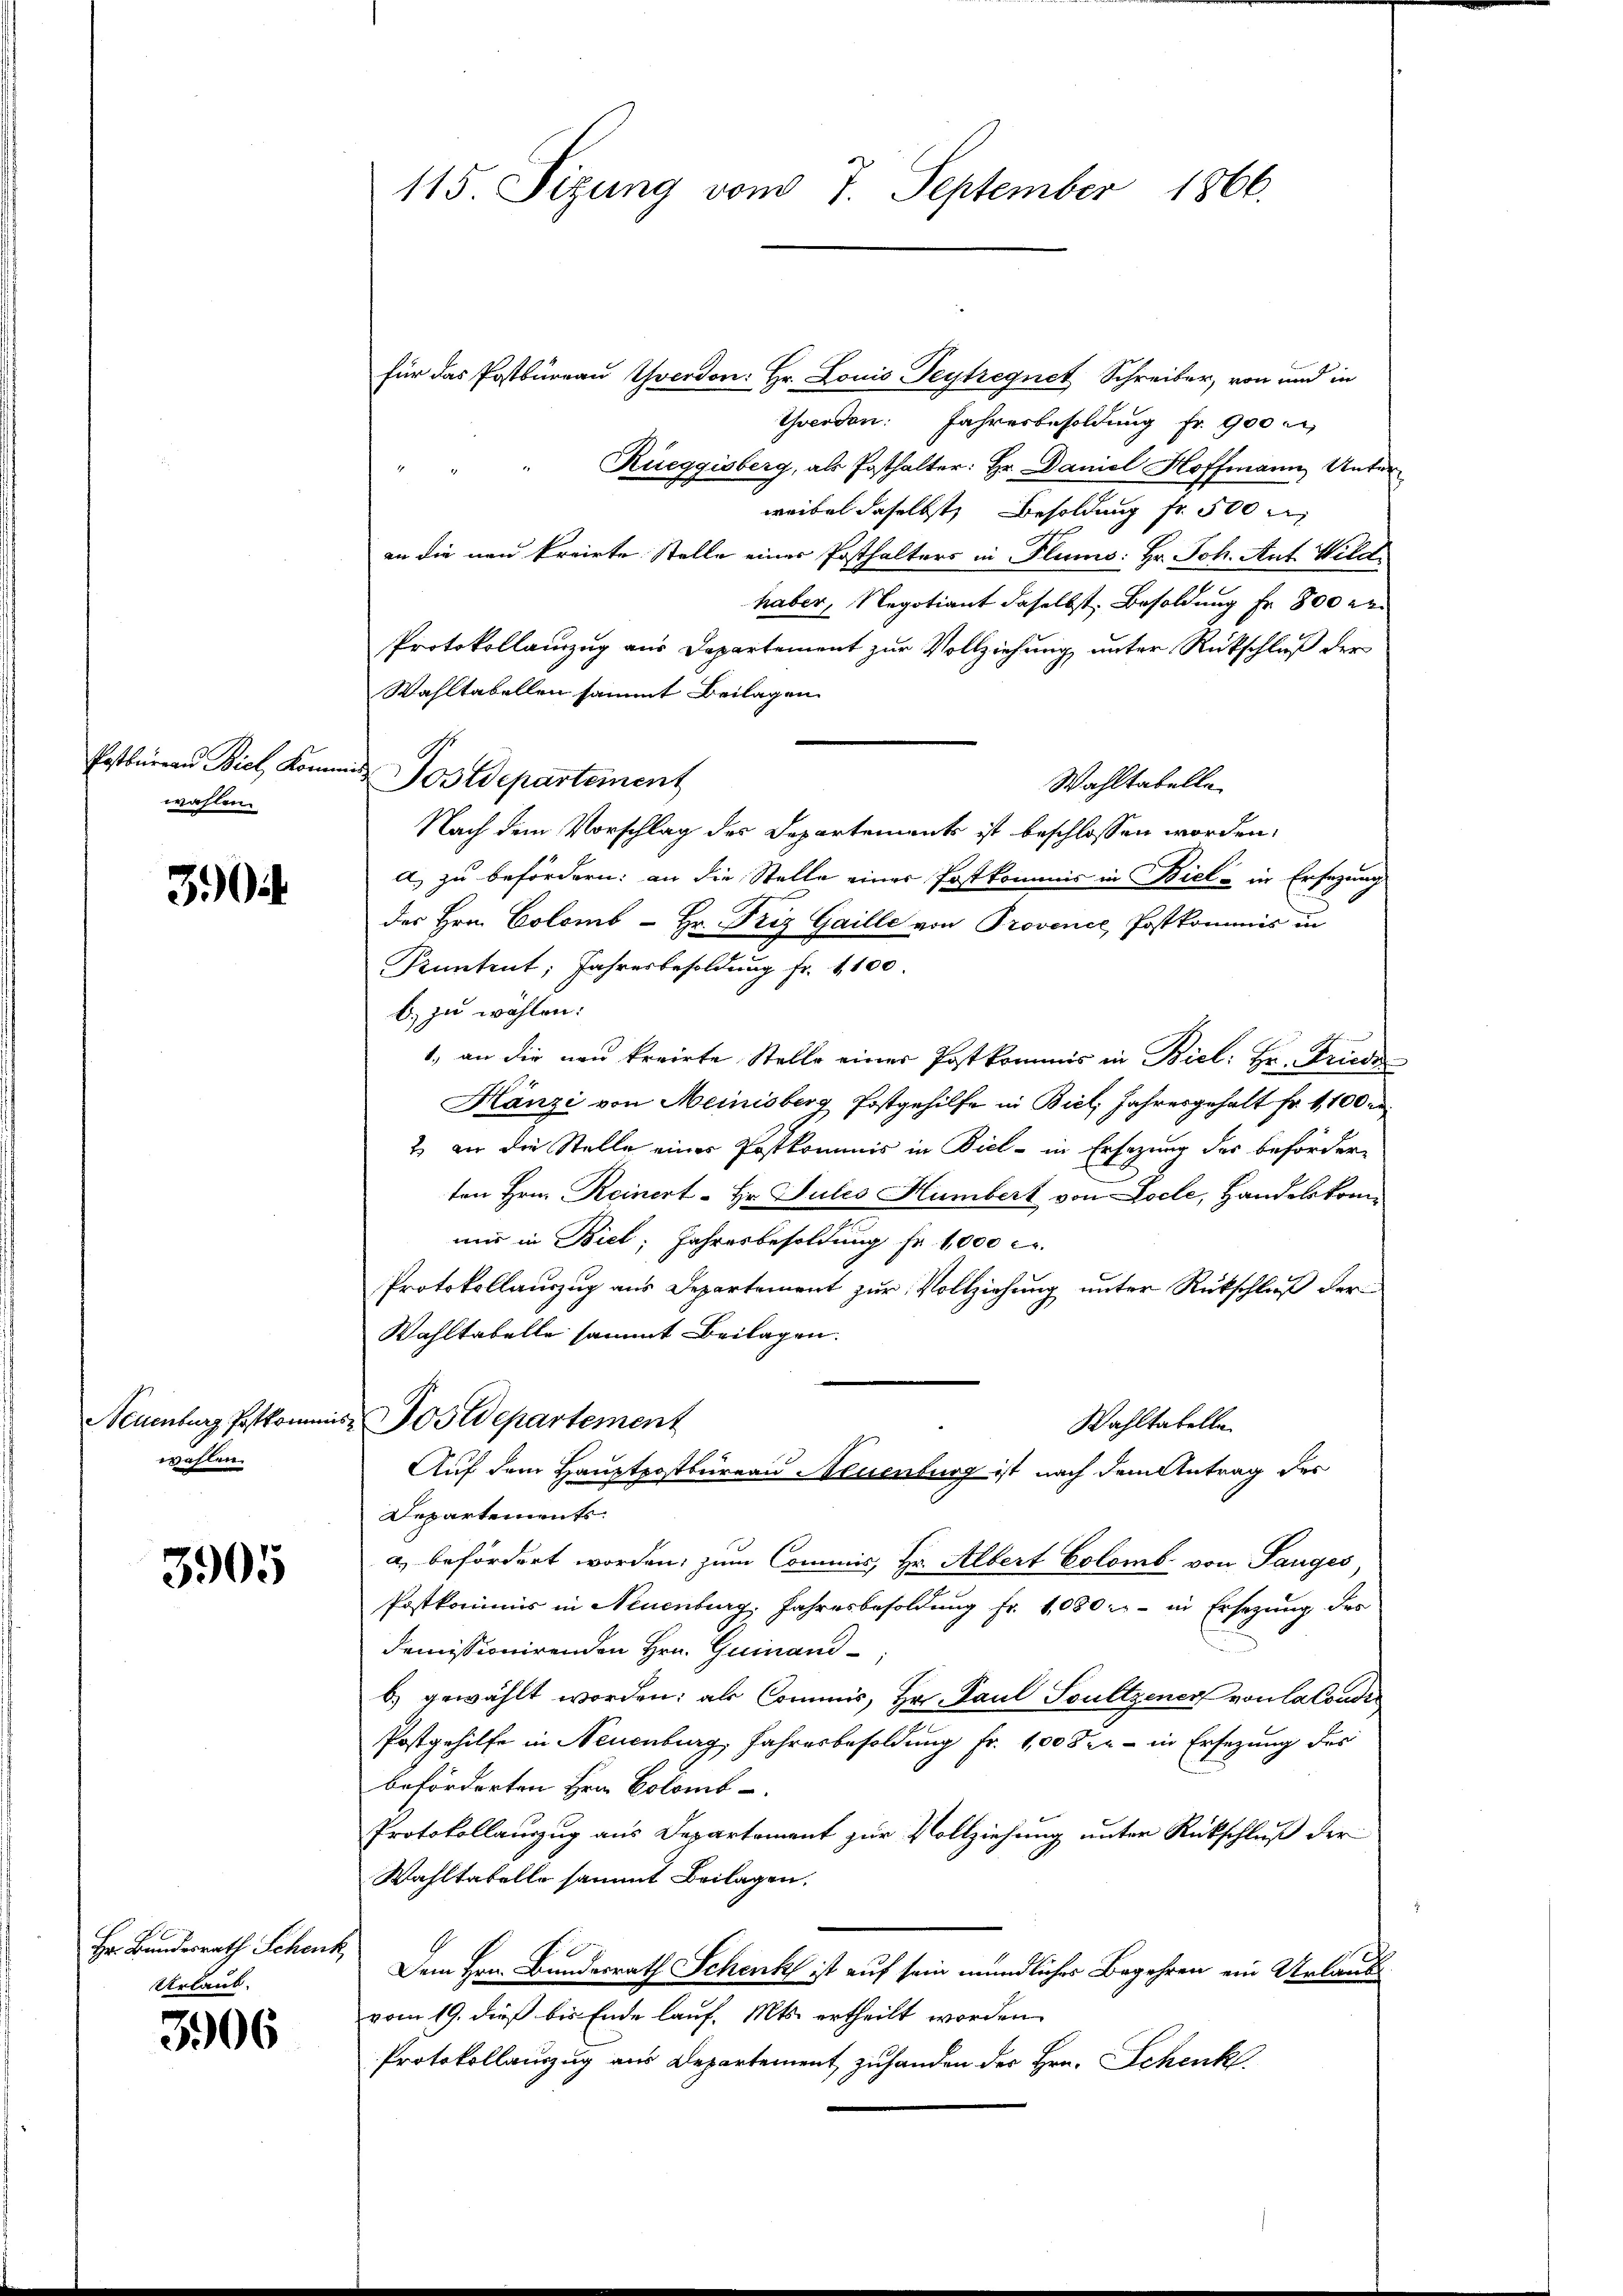
wahlen.

3)

Neuenburg Postkomm
wahlen.

3905

Hr. Bundesrath Schenk
Urlaub.

3906

115. Sizung vom 7. September 1866.

für das Postbureau Yverdon: Hr. Louis Teytregnet Schreiber, von und in
Twerden. Jahresbesoldung fr. 900 m
 Rueggisberg, als Posthalter: Hr. Daniel Hoffmann Unter
weibel daselbst, Besoldung fr. 500 r
an die neu kreirte Stelle einer Posthalters in Flums: Hr. Joh. Auf Wild
haber, Negotiant daselbst Besoldung Fr. 800 r
Protokollanzug aus Departement zur Vollziehung unter Rückschluß der
Wahltabellen sammt Beilagen
Wahltabelle
Nach dem Vorschlag des Departements ist beschlossen worden.
a) zu befördern: an die Stelle einer Postkommis in Biel - in Ersezung
des Hrn. Colomb - Hr. Friz Gaille von Provence, Postkommis in
Küntent; Jahresbesoldung fr. 1100
b) zu wählen:
1. an die neu kreirte Stelle einer Postkommis in Biel: Hr. Friede
Hänzi von Meinisberg Postgehilfe in Biel, Jahresgehalt Fr. 1,100 r
2 an die Stelle einer Postkommis in Biel - in Ersezung des beförder-
ten Hrn. Reinert Hr. Julis Humbert von Locle, Handelskommir in Biel, Jahresbesoldung fr. 1000 l.
Protokollauszug aus Departement zur Vollziehung unter Rückschluß der
Wahltabelle sammt Beilagen.
u. Postdepartement
Wahltatelle
Auf dem Hauptpostbüreau Neuenburg ist nach dem Antrag des
Departements.
a) befördert worden, zum Commis, Hr. Albert Colomb. von Sauges,
Postkommis in Neuenburg, Jahresbesoldung fr. 1080 r - in Ersezung des
demissionirenden Hrn. Guinand
b.) gewählt worden; als Commis, Hr. Paul Soultzener von la Condi
Postgehilfe in Neuenburg, Jahresbesoldung Fr. 100 der - in Ersezung des
beförderten Hrn. Colomb
Protokollauszug aus Departement zur Vollziehung unter Rückschluß der
Wahltabelle sammt Beilagen.
Dem Hrn. Bundesrath Schenk ist auf sein mündliches Begehren ein Urlaub
vom 19. dieß bis Ende lauf. Mts. ertheilt worden.
Protokollauszug aus Departement zuhanden der Hrn. Schenk.

Postbureau Biel Kommis Postdepartement